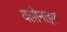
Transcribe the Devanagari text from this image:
यलोनाइफ़